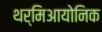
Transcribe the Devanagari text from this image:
थर्मिआयोनिक